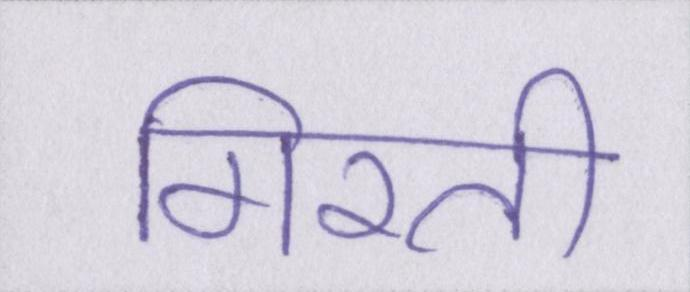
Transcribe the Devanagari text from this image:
गिरती